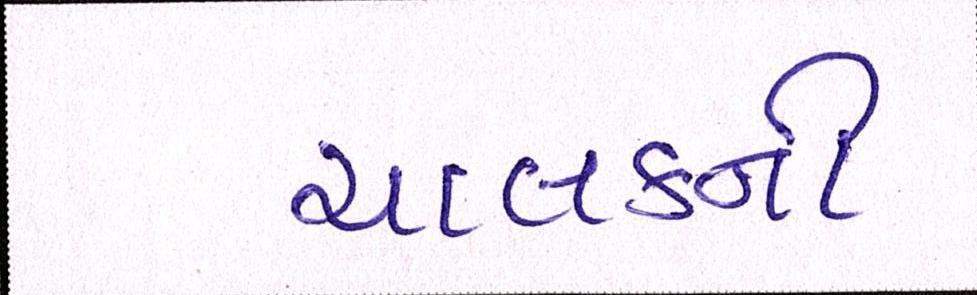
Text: ચાલકની